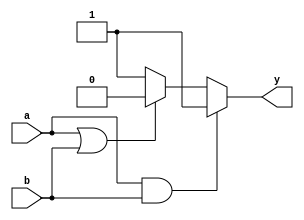
module combinational_logic (
    input wire a,       // First input signal
    input wire b,       // Second input signal
    output reg y        // Output signal
);

always @(*) begin
    // Combinational logic operations
    if (a && b) begin
        y = 1'b1;      // Output is 1 if both a and b are 1
    end else if (a || b) begin
        y = 1'b0;      // Output is 0 if either a or b is 1
    end else begin
        y = 1'b1;      // Output is 1 if both a and b are 0
    end
end

endmodule